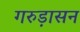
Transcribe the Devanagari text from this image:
गरुड़ासन